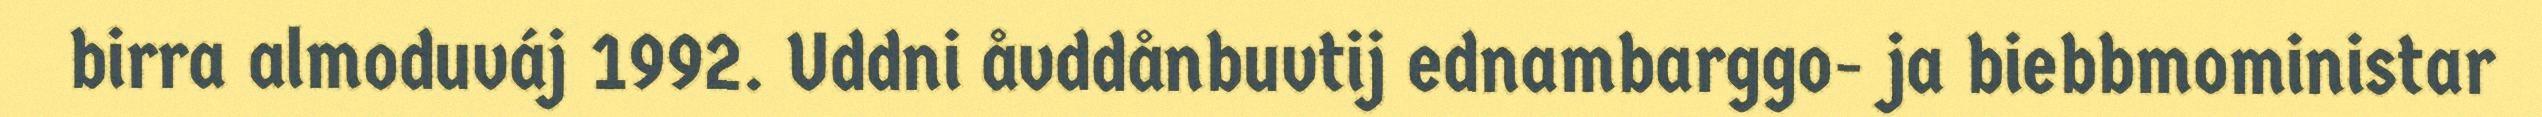
birra almoduváj 1992. Uddni åvddånbuvtij ednambarggo- ja biebbmoministar